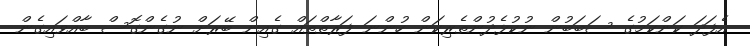
އެފަދަ ކަންކަމުގެ ސަބަބުން ނުކުޅެދުންތެރިކަން ހުންނަ ފަރާތްތައް ގެއިން ބޭރަށް ނުގެންގޮސް ބާއްވައިގެން